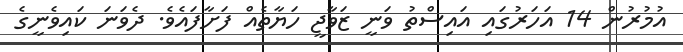
އުމުރުން 14 އަހަރުގައި އައިސްތު ވަނީ ޒަވާޖީ ހަޔާތެއް ފަށާފައެވެ. ދެވަނަ ކައިވެނީގެ